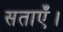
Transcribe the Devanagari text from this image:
सताएँ।